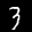
Label: 3